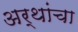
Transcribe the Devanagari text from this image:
अर्थांचा